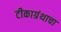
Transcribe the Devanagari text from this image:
टीकाग्रंथाचा